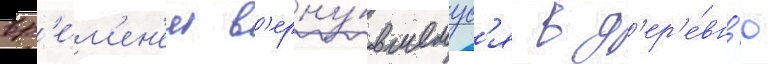
вр'е́м'ен'ем в'ерну́вшемус'я в д'ер'е́вн'ю